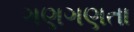
ગણગણતા